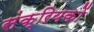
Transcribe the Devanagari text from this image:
संक्रियकों